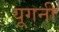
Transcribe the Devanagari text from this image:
यूगनी